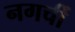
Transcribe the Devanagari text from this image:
नगर्ची